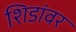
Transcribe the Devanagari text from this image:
शिडांवर